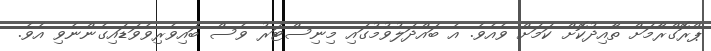
ޕްރޮގްރާމަށް ތާއިދުކޮށް ކަމަށް ވެއެވެ. އެ ބައްދަލުވުމުގައި މިނިސްޓަރު ވެސް ބައިވެރިވެވަޑައިގެންނެވި އެވެ.